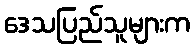
ဒေသပြည်သူများက